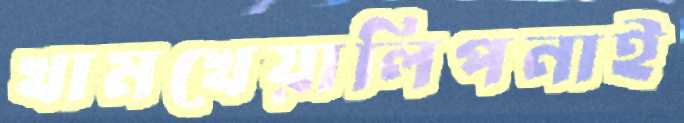
খামখেয়ালিপনাই